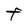
Character: F